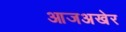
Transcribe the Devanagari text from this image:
आजअखेर